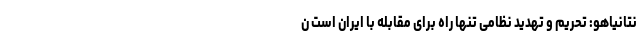
نتانیاهو: تحریم و تهدید نظامی تنها راه برای مقابله با ایران است ن